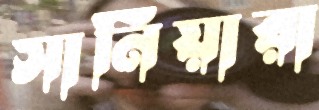
সানিয়ারা